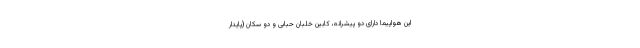
این هواپیما دارای دو پیشرانه، کابین خلبان حبابی و دو سکان (پایدار